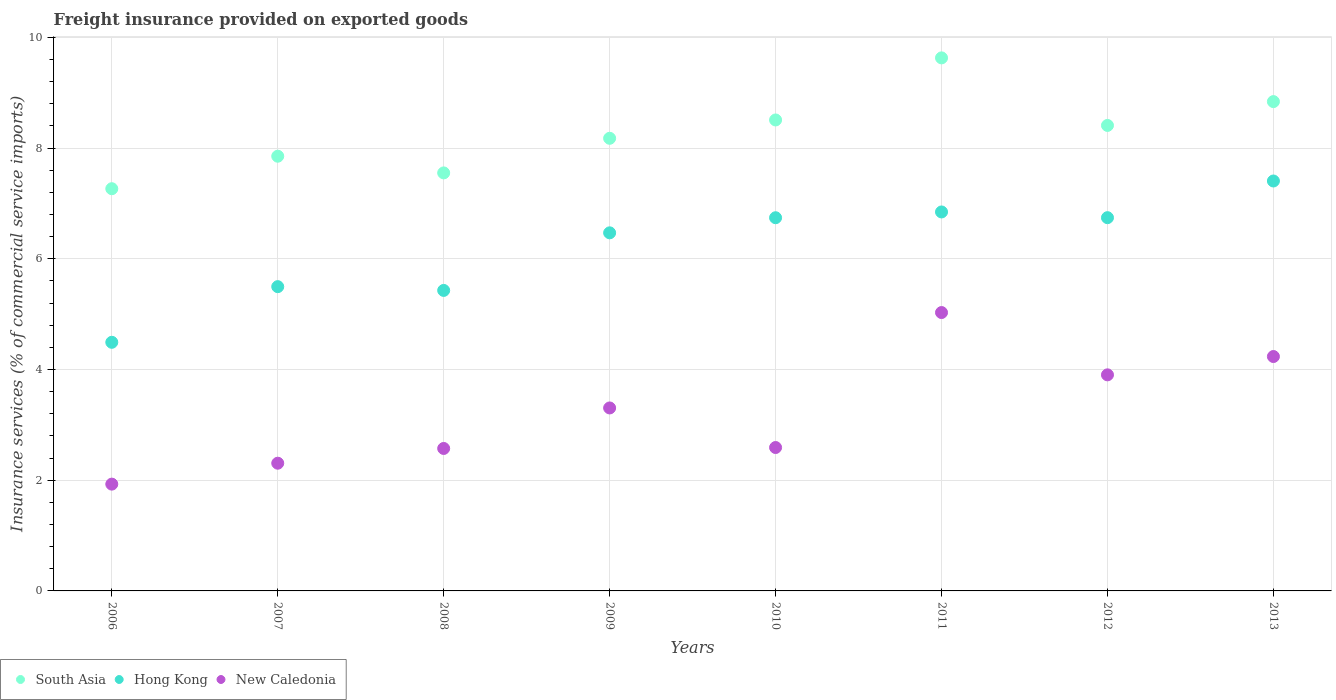
| Years | South Asia | Hong Kong | New Caledonia |
 | --- | --- | --- | --- |
 | 2006 | 7.27 | 4.49 | 1.93 |
 | 2007 | 7.85 | 5.5 | 2.31 |
 | 2008 | 7.55 | 5.43 | 2.57 |
 | 2009 | 8.18 | 6.47 | 3.31 |
 | 2010 | 8.51 | 6.74 | 2.59 |
 | 2011 | 9.63 | 6.85 | 5.03 |
 | 2012 | 8.41 | 6.74 | 3.9 |
 | 2013 | 8.84 | 7.4 | 4.23 |